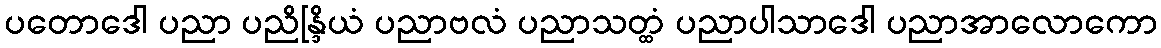
ပတောဒေါ ပညာ ပညိန္ဒြိယံ ပညာဗလံ ပညာသတ္ထံ ပညာပါသာဒေါ ပညာအာလောကော